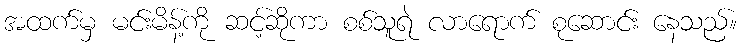
အထက်မှ မင်းမိန့်ကို ဆင့်ဆိုကာ စစ်သူရဲ လာရောက် စုဆောင်း နေသည်။